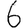
Digit: 6